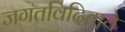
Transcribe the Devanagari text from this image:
जगतविदिताये